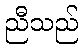
ညီသည်